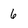
Character: 6